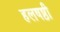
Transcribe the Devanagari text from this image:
हलषष्ठी